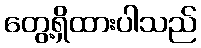
တွေ့ရှိထားပါသည်